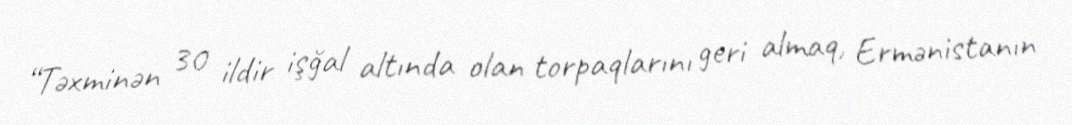
“Təxminən 30 ildir işğal altında olan torpaqlarını geri almaq, Ermənistanın